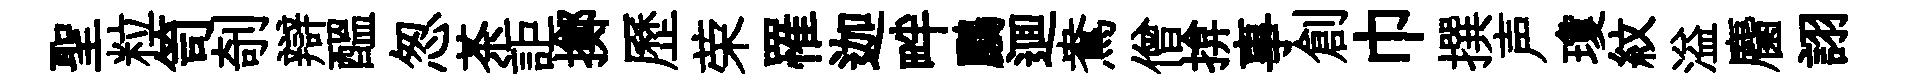
聖粒笥剞辯醖怱茶詎擲歷荣罹迦畔鸝逥鴦僧揜事創巾撰声瓊紋溢麕詡